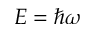
E = \hbar \omega